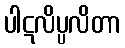
ပါဋလိပ္ပလိတာ